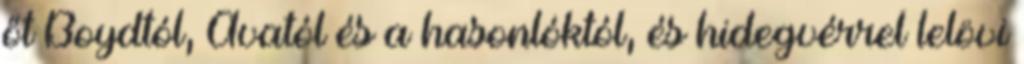
őt Boydtól, Avatól és a hasonlóktól, és hidegvérrel lelövi